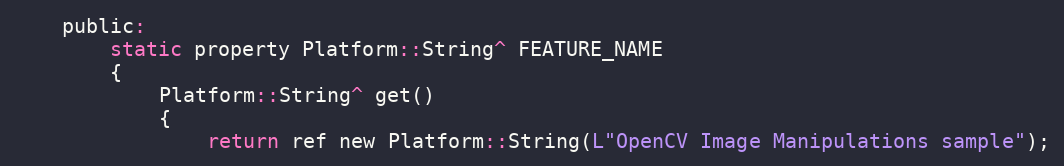
Language: C
    public:
        static property Platform::String^ FEATURE_NAME
        {
            Platform::String^ get()
            {
                return ref new Platform::String(L"OpenCV Image Manipulations sample");